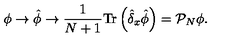
\phi \to \hat { \phi } \to { \frac { 1 } { N + 1 } } \mathrm { T r } \left( \hat { \delta } _ { x } \hat { \phi } \right) = { \cal P } _ { N } \phi .